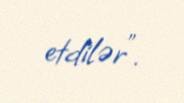
etdilər".